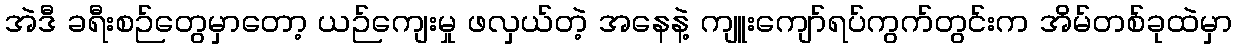
အဲဒီ ခရီးစဉ်တွေမှာတော့ ယဉ်ကျေးမှု ဖလှယ်တဲ့ အနေနဲ့ ကျူးကျော်ရပ်ကွက်တွင်းက အိမ်တစ်ခုထဲမှာ